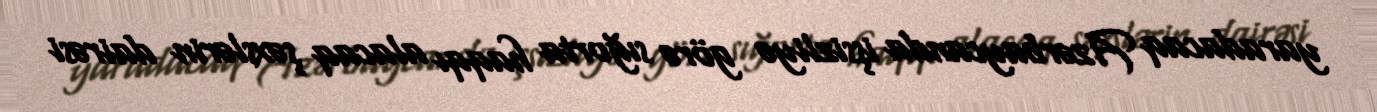
yaradacaq Azərbaycanda işsizliyə görə sığorta haqqı alacaq şəxslərin dairəsi